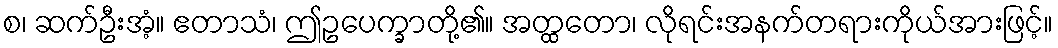
စ၊ ဆက်ဦးအံ့။ ဧတာသံ၊ ဤဥပေက္ခာတို့၏။ အတ္ထတော၊ လိုရင်းအနက်တရားကိုယ်အားဖြင့်။